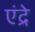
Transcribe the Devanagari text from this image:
एंद्रे